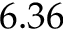
6 . 3 6